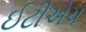
ઈટીએચ